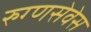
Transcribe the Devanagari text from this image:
रुग्णसेवेस